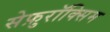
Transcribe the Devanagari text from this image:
सेफ़ुरॉक्सिम